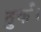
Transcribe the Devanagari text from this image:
तुर्क।